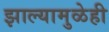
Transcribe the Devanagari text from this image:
झाल्यामुळेही